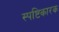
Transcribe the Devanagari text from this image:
स्पष्टिकारक